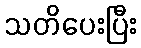
သတိပေးပြီး